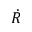
\dot { R }